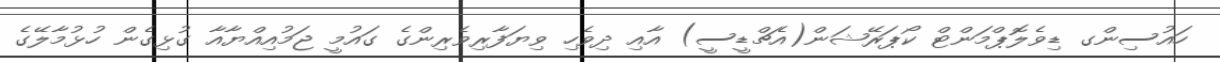
ހައުސިންގ ޑިވެލޮޕްމަންޓް ކޯޕަރޭޝަން(އެޗްޑީސީ) އާއި ދިވެހި ވިޔަފާރިވެރިންގެ ގައުމީ ޖަމުއިއްޔާއާ ގުޅިގެން ހުޅުމާލޭގެ